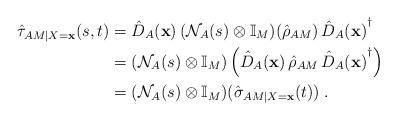
LaTeX: \begin{align*}\hat{\tau}_{AM|X=\mathbf{x}}(s,t) &= \hat{D}_A(\mathbf{x})\,(\mathcal{N}_A(s)\otimes\mathbb{I}_M)(\hat{\rho}_{AM})\,{\hat{D}_A(\mathbf{x})}^\dag\\&= (\mathcal{N}_A(s)\otimes\mathbb{I}_M)\left(\hat{D}_A(\mathbf{x})\,\hat{\rho}_{AM}\,{\hat{D}_A(\mathbf{x})}^\dag\right)\\&= (\mathcal{N}_A(s)\otimes\mathbb{I}_M)(\hat{\sigma}_{AM|X=\mathbf{x}}(t))\;.\end{align*}